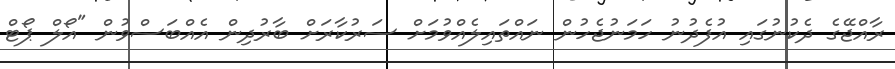
ރާއްޖޭގެ ދެކުނުގައި އުފެދުނު ހަމަނުޖެހުން ނައްތައިލެއްވުމަށް ސަރުކާރަށް ބާރުދިން އެއްބަސްވުން "އޯލް ޕޯޓް